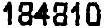
184810